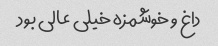
داغ و خوشمزه خیلی عالی بود